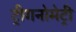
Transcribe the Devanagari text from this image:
ट्रीगनोमेट्री